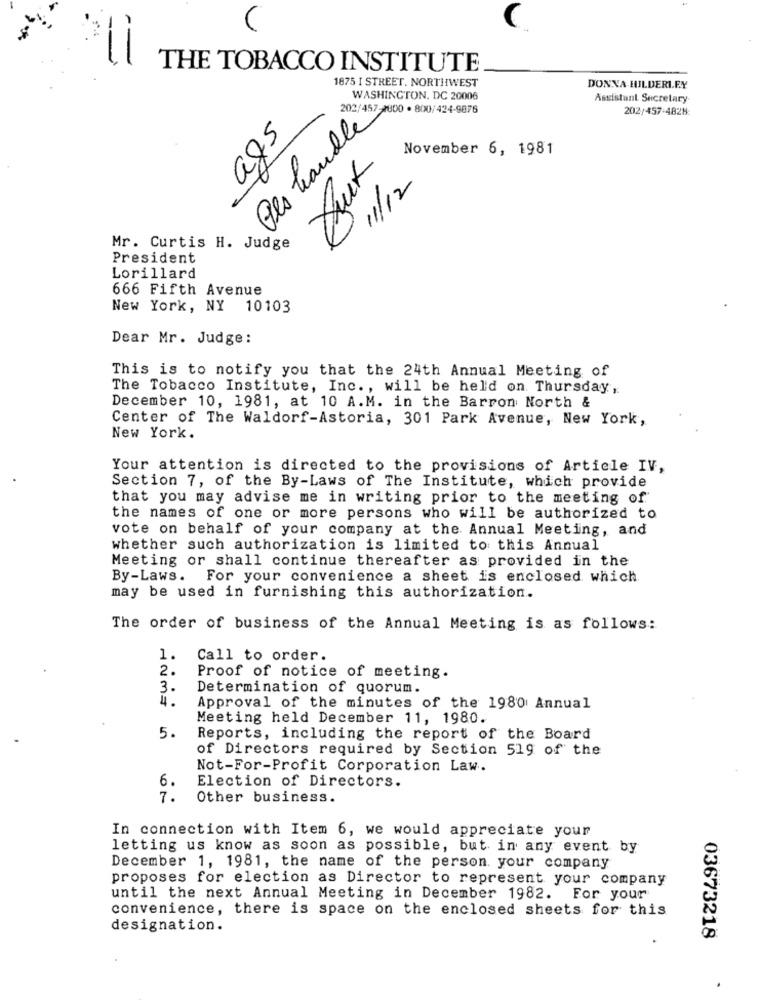
C
--
THE TOBACCO INSTITUTE
1875 I STREET. NORTHWEST
DONNA-HILDERI.E.Y
WASHINGTON, DC 20006
Assistant Secretary
202/457-1800 · 800/424-9876
202/457-482H
Des handle
ags
November 6, 1981
But
11/12
Mr. Curtis H. Judge
President
Lorillard
666 Fifth Avenue
New York, NY 10103
Dear Mr. Judge:
This is to notify you that the 24th Annual Meeting of
The Tobacco Institute, Inc ., will be held on Thursday,
December 10, 1981, at 10 A.M. in the Barron North &
Center of The Waldorf-Astoria, 301 Park Avenue, New York,
New York.
Your attention is directed to the provisions of Article IV,
Section 7, of the By-Laws of The Institute, which provide
that you may advise me in writing prior to the meeting of
the names of one or more persons who will be authorized to
vote on behalf of your company at the Annual Meeting, and
whether such authorization is limited to this Annual
Meeting or shall continue thereafter as provided in the
By-Laws. For your convenience a sheet is enclosed which
may be used in furnishing this authorization.
The order of business of the Annual Meeting is as follows:
1. Call to order.
2.
Proof of notice of meeting.
3.
Determination of quorum.
4.
Approval of the minutes of the 1980 Annual
Meeting held December 11, 1980.
5.
Reports, including the report of the Board
of Directors required by Section 519 of the
Not-For-Profit Corporation Law.
6.
Election of Directors.
7.
Other business.
In connection with Item 6, we would appreciate your
letting us know as soon as possible, but in any event by
December 1, 1981, the name of the person. your company
proposes for election as Director to represent your company
until the next Annual Meeting in December 1982. For your
convenience, there is space on the enclosed sheets for this
designation.
03673218